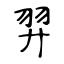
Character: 羿